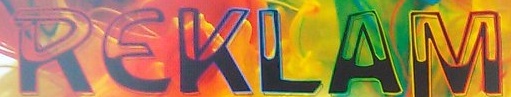
REKLAM